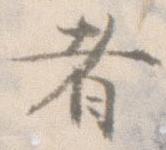
者